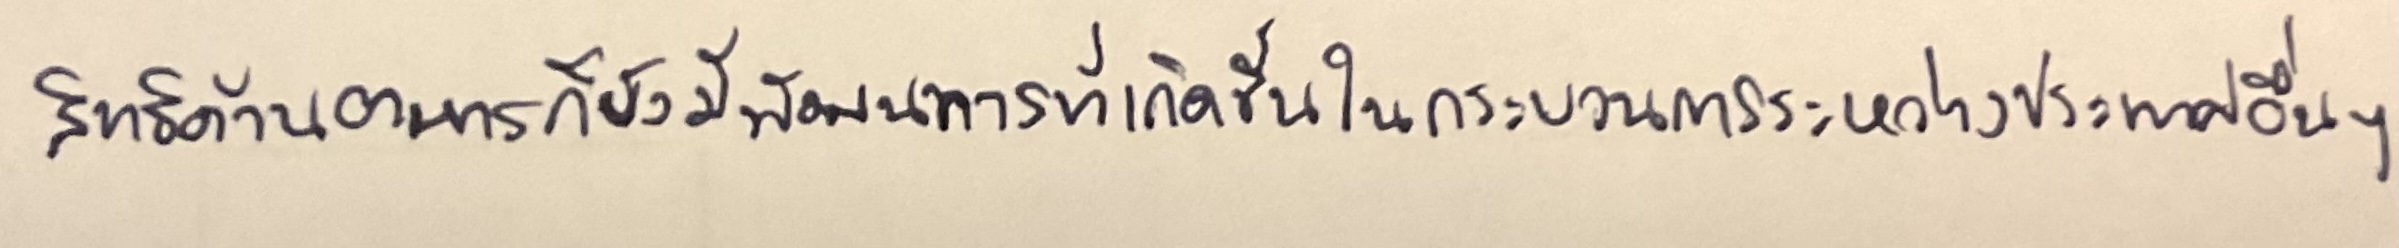
สิทธิด้านอาหารก็ยังมีพัฒนาการที่เกิดขึ้นในกระบวนการระหว่างประเทศอื่นๆ